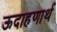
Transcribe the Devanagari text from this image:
ऊदाहणार्थ